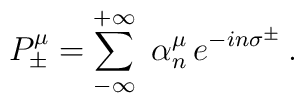
P_{\pm}^{\mu} = \sum_{-\infty}^{+\infty} \ \alpha_n^{\mu} \, e^{-i n\sigma^{\pm}} \, .